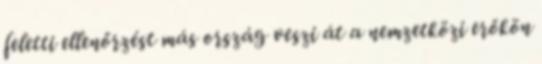
feletti ellenőrzést más ország veszi át a nemzetközi erőkön